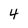
Character: 4